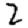
Digit: 2